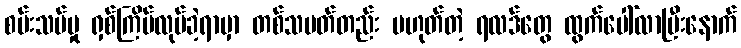
စမ်းသပ်မှု ရှစ်ကြိမ်လုပ်ခဲ့ရာမှာ တစ်သမတ်တည်း မဟုတ်တဲ့ ရလဒ်တွေ ထွက်ပေါ်လာပြီးနောက်